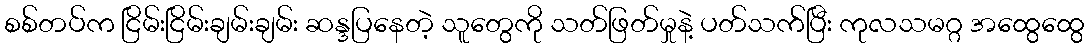
စစ်တပ်က ငြိမ်းငြိမ်းချမ်းချမ်း ဆန္ဒပြနေတဲ့ သူတွေကို သတ်ဖြတ်မှုနဲ့ ပတ်သက်ပြီး ကုလသမဂ္ဂ အထွေထွေ